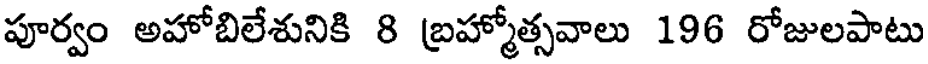
పూర్వం అహోబిలేశునికి 8 బ్రహ్మోత్సవాలు 196 రోజులపాటు